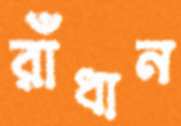
রাঁধান